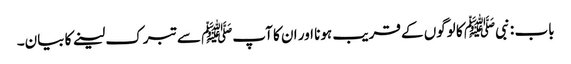
باب : نبیﷺ کا لوگوں کے قریب ہونا اور ان کا آپﷺ سے تبرک لینے کا بیان۔